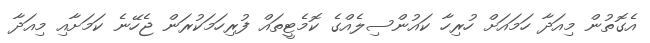
އެގޮތުން މިއަދާ ހަމައަށް ހުރިހާ ކައުންސިލެއްގެ ކޮމެޓީތައް ފުރިހަމަކުރަން ޖެހޭނެ ކަމަށާއި މިއަދާ